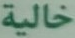
خالية